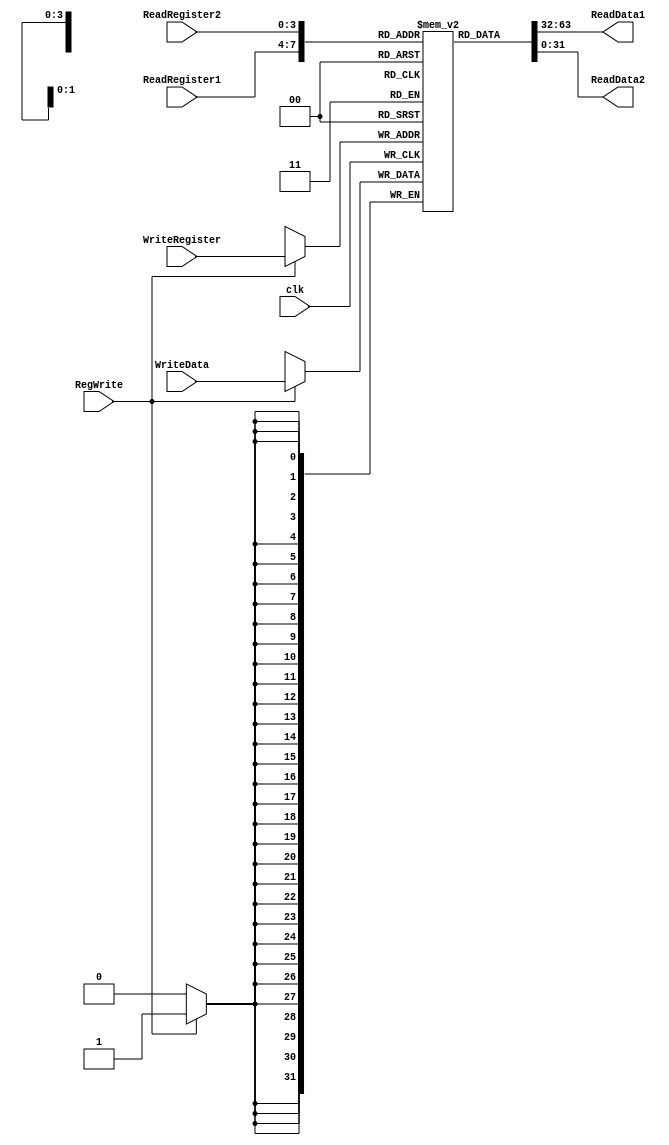
module RegisterFile(RegWrite, clk, ReadRegister1, ReadRegister2, WriteRegister, WriteData, ReadData1, ReadData2);
	input [3:0] ReadRegister1 , ReadRegister2 , WriteRegister;
	input [31:0] WriteData;
	input RegWrite , clk;
	output reg [31:0] ReadData1 , ReadData2;
	reg [31:0] Register [0:15];
	integer i;
	initial begin 
		for (i=0; i<16; i=i+1)
			Register[i] = 32'd0;
	end
	always @(negedge clk) begin
		if (RegWrite == 1)  begin 
			Register[WriteRegister] <= WriteData;
		end
	end

	always @(ReadRegister1 or ReadRegister2) begin
		ReadData1 <= Register[ReadRegister1];
		ReadData2 <= Register[ReadRegister2];
	end
endmodule